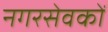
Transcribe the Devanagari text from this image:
नगरसेवकों